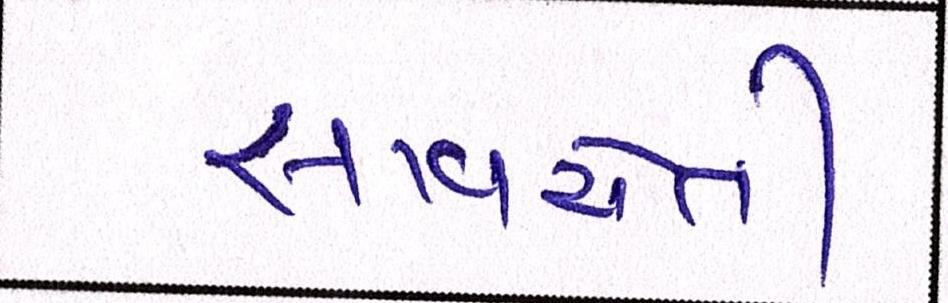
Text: સાવચેતી